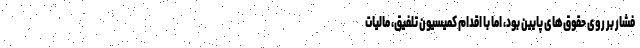
فشار بر روی حقوق‌های پایین بود، اما با اقدام کمیسیون تلفیق، مالیات